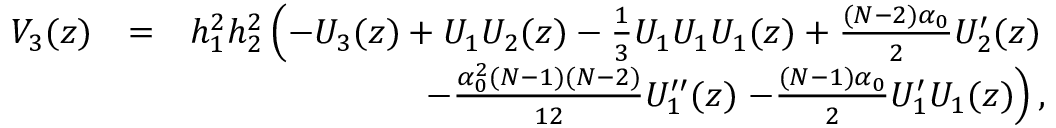
\begin{array} { r l r } { V _ { 3 } ( z ) } & { = } & { h _ { 1 } ^ { 2 } h _ { 2 } ^ { 2 } \left( - U _ { 3 } ( z ) + U _ { 1 } U _ { 2 } ( z ) - \frac { 1 } { 3 } U _ { 1 } U _ { 1 } U _ { 1 } ( z ) + \frac { ( N - 2 ) \alpha _ { 0 } } { 2 } U _ { 2 } ^ { \prime } ( z ) \right. } \\ & { } & { - \frac { \alpha _ { 0 } ^ { 2 } ( N - 1 ) ( N - 2 ) } { 1 2 } U _ { 1 } ^ { \prime \prime } ( z ) \left. - \frac { ( N - 1 ) \alpha _ { 0 } } { 2 } U _ { 1 } ^ { \prime } U _ { 1 } ( z ) \right) , } \end{array}